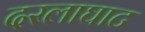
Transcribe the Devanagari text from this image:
दरलाघाट